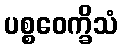
ပစ္စဝေက္ခိသံ